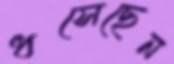
ধসেছেন